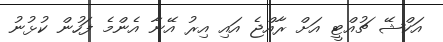
އަކްޝޭ ޗުއްޓީ އަށް ރާއްޖެ އައި އިރު އޭނާ އެންމެ ފަހުން ކުޅުނު